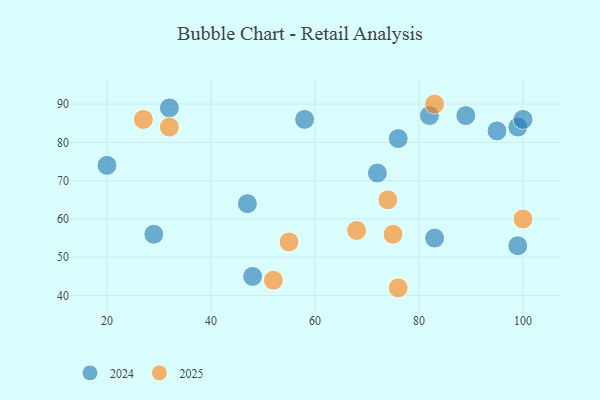
{"axis": {"x": "GDP", "y": "Life Expectancy"}, "legend": ["2024", "2025"], "data": [{"x": "55", "y": 54, "type": "2025"}, {"x": "32", "y": 84, "type": "2025"}, {"x": "76", "y": 42, "type": "2025"}, {"x": "100", "y": 60, "type": "2025"}, {"x": "27", "y": 86, "type": "2025"}, {"x": "68", "y": 57, "type": "2025"}, {"x": "74", "y": 65, "type": "2025"}, {"x": "75", "y": 56, "type": "2025"}, {"x": "83", "y": 90, "type": "2025"}, {"x": "52", "y": 44, "type": "2025"}, {"x": "99", "y": 53, "type": "2024"}, {"x": "99", "y": 84, "type": "2024"}, {"x": "32", "y": 89, "type": "2024"}, {"x": "29", "y": 56, "type": "2024"}, {"x": "82", "y": 87, "type": "2024"}, {"x": "83", "y": 55, "type": "2024"}, {"x": "76", "y": 81, "type": "2024"}, {"x": "89", "y": 87, "type": "2024"}, {"x": "95", "y": 83, "type": "2024"}, {"x": "58", "y": 86, "type": "2024"}, {"x": "47", "y": 64, "type": "2024"}, {"x": "20", "y": 74, "type": "2024"}, {"x": "72", "y": 72, "type": "2024"}, {"x": "48", "y": 45, "type": "2024"}, {"x": "100", "y": 86, "type": "2024"}]}